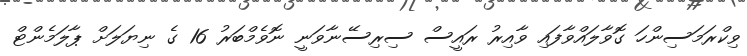
ވިކްރަމަސިންހަ ގޮވާލައްވާފައި ވާއިރު ރައީސް ސިރިސޭނާވަނީ ނޮވެމްބަރު 16 ގެ ނިޔަލަށް ޕާލަމެންޓް